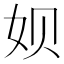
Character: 𫝦